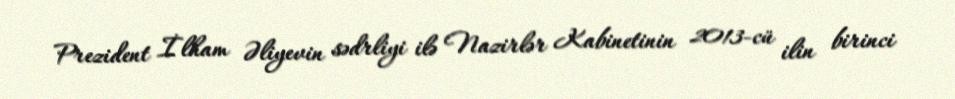
Prezident İlham Əliyevin sədrliyi ilə Nazirlər Kabinetinin 2013-cü ilin birinci